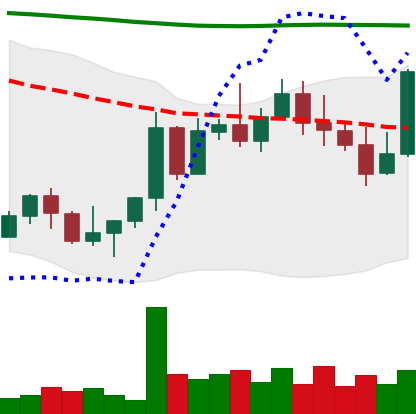
Ticker: NEO-USD
Chart end date: 2022-11-04
Forward return: -31.101%
Label: down_7plus